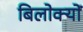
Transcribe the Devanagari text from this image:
बिलोक्‍यों